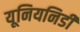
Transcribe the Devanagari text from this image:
यूनियनिडी